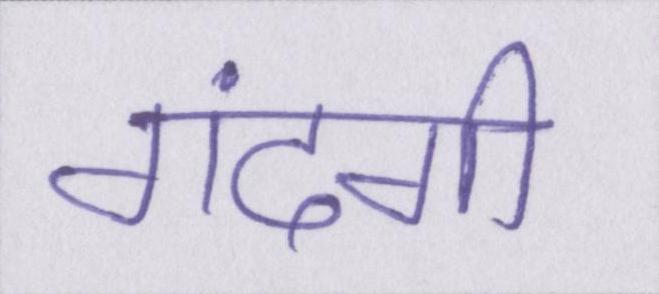
गंदगी